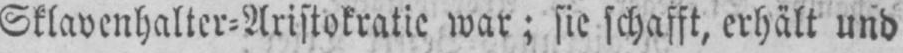
Sklavenhalter⸗Aristokratie war; sie schafft, erhält und